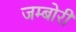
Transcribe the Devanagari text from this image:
जम्बोरी